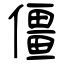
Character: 僵